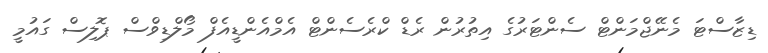
ޑިޒާސްޓަ މެނޭޖްމަންޓް ސެންޓަރުގެ އިތުރުން ރެޑް ކްރެސެންޓް އެމްއެންޑީއެފް މޯލްޑިވްސް ޕޮލިސް ގައުމީ